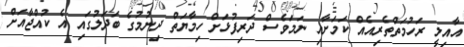
އާއިލީ ރަހުމަތްތެރިއެއް ކަމަށާއި ނަމަވެސް ދަރިފުޅަށް ހިމާޔަތް ދިނުމުގެ ބަދަލުގައި އެ ކުއްޖާއަށް